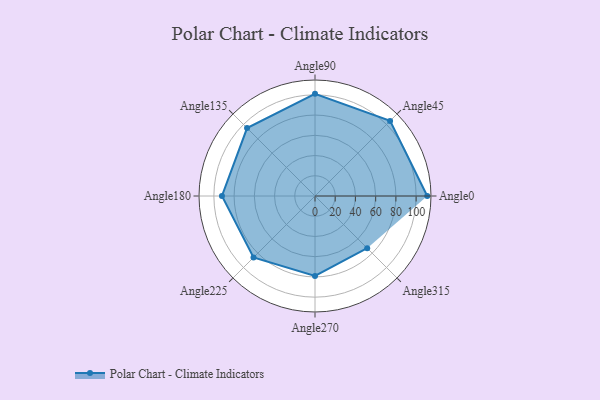
{"axis": {"x": "Angle", "y": "Radius"}, "legend": [""], "data": [{"x": "Angle0", "y": 111.0, "type": ""}, {"x": "Angle45", "y": 105.0, "type": ""}, {"x": "Angle90", "y": 101.0, "type": ""}, {"x": "Angle135", "y": 95.0, "type": ""}, {"x": "Angle180", "y": 92.0, "type": ""}, {"x": "Angle225", "y": 86.0, "type": ""}, {"x": "Angle270", "y": 79.0, "type": ""}, {"x": "Angle315", "y": 73.0, "type": ""}]}